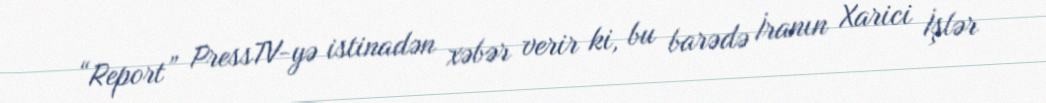
“Report” PressTV-yə istinadən xəbər verir ki, bu barədə İranın Xarici İşlər